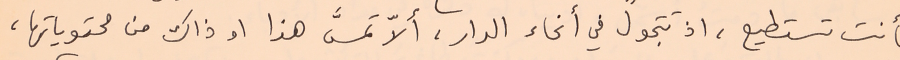
فأنت تستطيع، اذ تتجول في أنحاء الدار، ألاّ تمسَّ هذا او ذاك من محتوياتها،